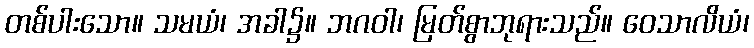
တစ်ပါးသော။ သမယံ၊ အခါ၌။ ဘဂဝါ၊ မြတ်စွာဘုရားသည်။ ဝေသာလိယံ၊